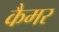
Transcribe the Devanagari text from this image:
कैमर